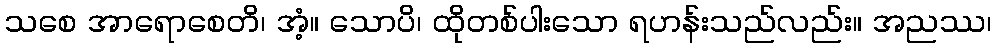
သစေ အာရောစေတိ၊ အံ့။ သောပိ၊ ထိုတစ်ပါးသော ရဟန်းသည်လည်း။ အညဿ၊